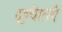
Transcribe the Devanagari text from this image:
दुष्चेष्टाएँ